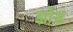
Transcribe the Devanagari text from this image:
झोंड